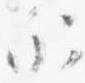
示